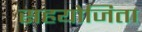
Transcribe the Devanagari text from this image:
सहयोजिता